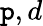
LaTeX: \mathtt{p},d